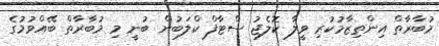
މުބާރާތް އިންތިޒާމުކުރި ވީލާ ކޮލެޖު ސްޓާފް ކްލަބުން ބުނީ މި މުބާރާތް ބޭއްވުމުގެ